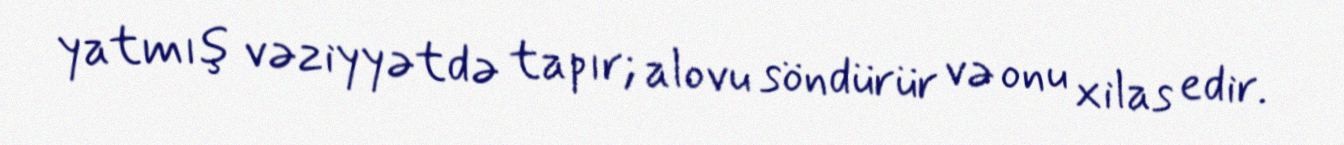
yatmış vəziyyətdə tapır; alovu söndürür və onu xilas edir.